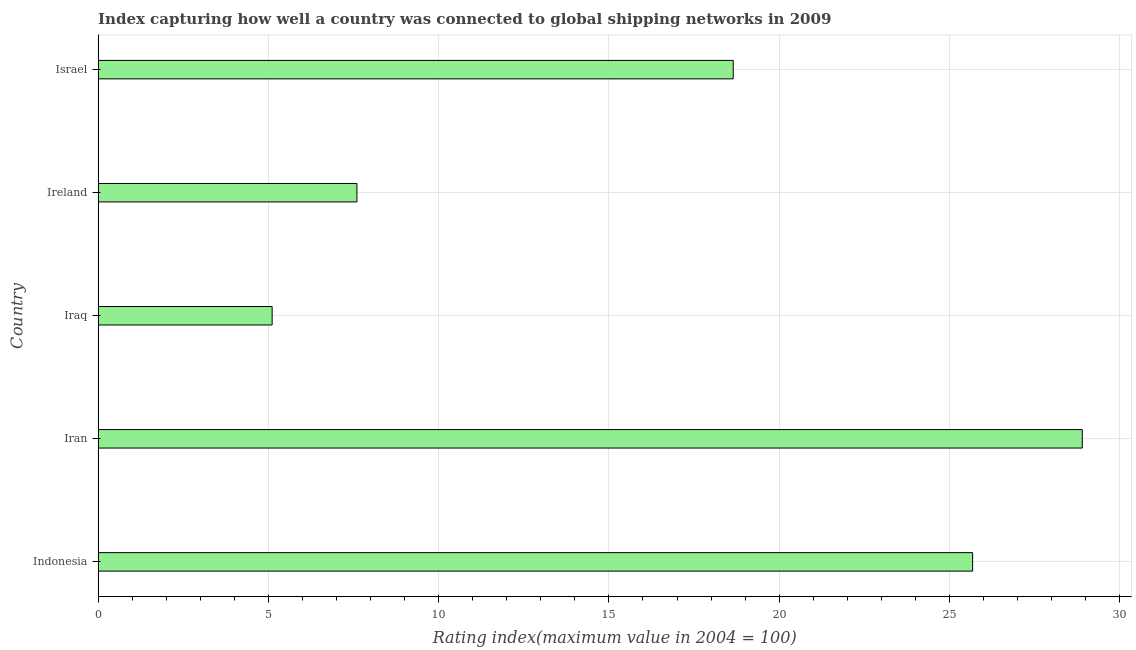
| Country | Liner shipping connectivity index  |
 | --- | --- |
 | Indonesia | 25.7 |
 | Iran | 28.9 |
 | Iraq | 5.11 |
 | Ireland | 7.6 |
 | Israel | 18.6 |